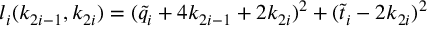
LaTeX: l _ { i } ( k _ { 2 i - 1 } , k _ { 2 i } ) = ( \tilde { q } _ { i } + 4 k _ { 2 i - 1 } + 2 k _ { 2 i } ) ^ { 2 } + ( \tilde { t } _ { i } - 2 k _ { 2 i } ) ^ { 2 }